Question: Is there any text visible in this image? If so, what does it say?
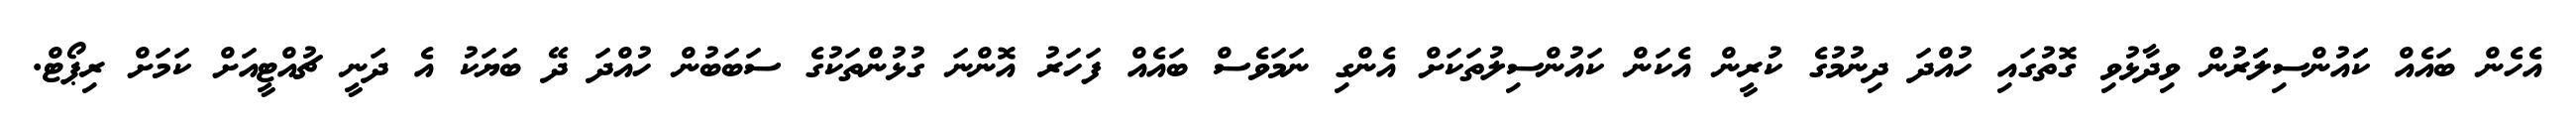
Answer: އެހެން ބައެއް ކަައުންސިލަަރުން ވިދާޅުވި ގޮތުގައި ހުއްދަ ދިނުމުގެ ކުރީން އެކަން ކައުންސިލުތަކަށް އެންގި ނަމަވެސް ބައެއް ފަހަރު އޮންނަ ގުޅުންތަކުގެ ސަބަބުން ހުއްދަ ދޭ ބަޔަކު އެ ދަނީ ޗުއްޓީއަށް ކަމަށް ރިޕޯޓް.